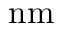
\mathrm { n m }